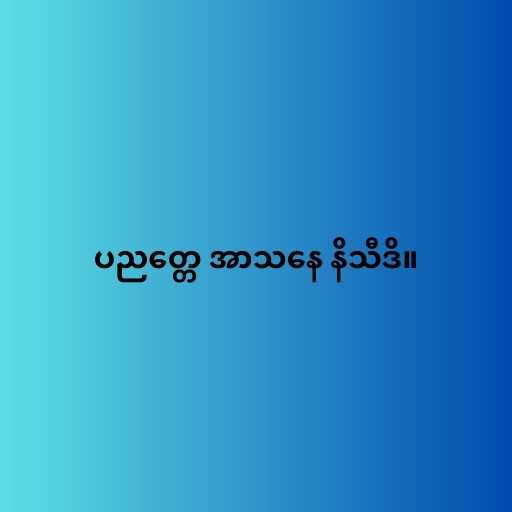
ပညတ္တေ အာသနေ နိသီဒိ။